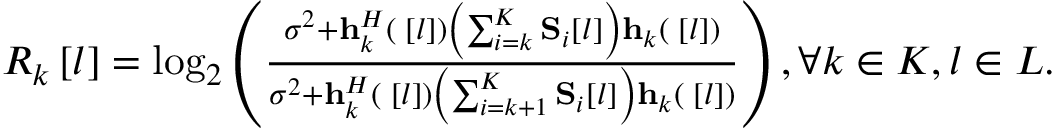
\begin{array} { r } { { R _ { k } } \left[ l \right] = { \log _ { 2 } } \left( { \frac { { { \sigma ^ { 2 } } + { \bf { h } } _ { k } ^ { H } \left( { { \bf { \Theta } } \left[ l \right] } \right) \left( { \sum _ { i = k } ^ { K } { { { \bf { S } } _ { i } } \left[ l \right] } } \right) { { \bf { h } } _ { k } } \left( { { \bf { \Theta } } \left[ l \right] } \right) } } { { { \sigma ^ { 2 } } + { \bf { h } } _ { k } ^ { H } \left( { { \bf { \Theta } } \left[ l \right] } \right) \left( { \sum _ { i = k + 1 } ^ { K } { { { \bf { S } } _ { i } } \left[ l \right] } } \right) { { \bf { h } } _ { k } } \left( { { \bf { \Theta } } \left[ l \right] } \right) } } } \right) , \forall k \in { \cal K } , l \in { \cal L } . } \end{array}